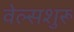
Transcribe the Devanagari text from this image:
वेल्सशुरू